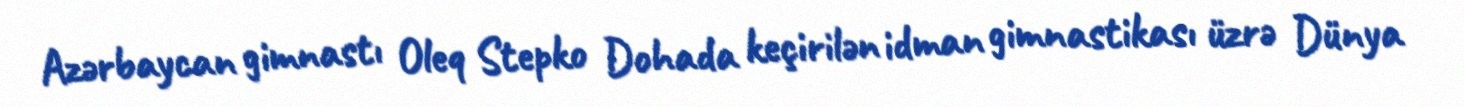
Azərbaycan gimnastı Oleq Stepko Dohada keçirilən idman gimnastikası üzrə Dünya